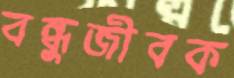
বন্ধুজীবক